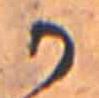
か